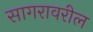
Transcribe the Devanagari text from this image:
सागरावरील